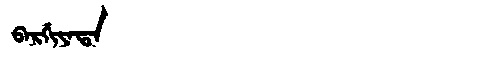
Manchu: ᠪᠠᡵᡤᡳᠶᠠᡨᠠ
Romanization: BARGIYATA